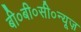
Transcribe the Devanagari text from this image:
बी०बी०सी०न्यूज़